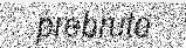
prebrute